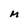
Character: M